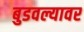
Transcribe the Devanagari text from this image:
बुडवल्यावर